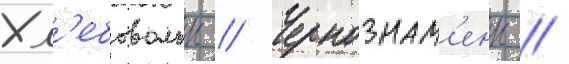
Хл'ебовольцы // Чернознам'енцы //